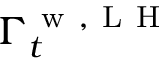
\Gamma _ { t } ^ { \mathrm { ~ w ~ , ~ L ~ H ~ } }